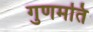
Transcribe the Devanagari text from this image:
गुणमति